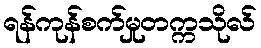
ရန်ကုန်စက်မှုတက္ကသိုလ်